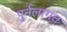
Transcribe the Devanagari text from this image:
पुर्नलागत